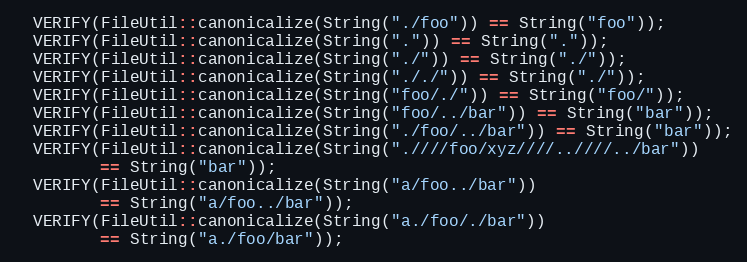
Language: C++
  VERIFY(FileUtil::canonicalize(String("./foo")) == String("foo"));
  VERIFY(FileUtil::canonicalize(String(".")) == String("."));
  VERIFY(FileUtil::canonicalize(String("./")) == String("./"));
  VERIFY(FileUtil::canonicalize(String("././")) == String("./"));
  VERIFY(FileUtil::canonicalize(String("foo/./")) == String("foo/"));
  VERIFY(FileUtil::canonicalize(String("foo/../bar")) == String("bar"));
  VERIFY(FileUtil::canonicalize(String("./foo/../bar")) == String("bar"));
  VERIFY(FileUtil::canonicalize(String(".////foo/xyz////..////../bar"))
         == String("bar"));
  VERIFY(FileUtil::canonicalize(String("a/foo../bar"))
         == String("a/foo../bar"));
  VERIFY(FileUtil::canonicalize(String("a./foo/./bar"))
         == String("a./foo/bar"));